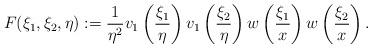
LaTeX: \begin{align*} F(\xi_1, \xi_2, \eta) := \frac1{\eta^2} v_1\left( \frac{\xi_1}{\eta} \right) v_1\left( \frac{\xi_2}{\eta} \right) w\left( \frac{\xi_1}x \right) w\left( \frac{\xi_2}x \right).\end{align*}